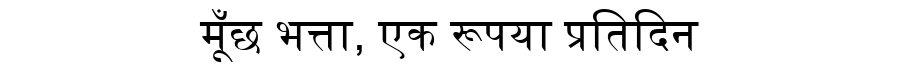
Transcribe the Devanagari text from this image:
मूँछ भत्ता, एक रूपया प्रतिदिन